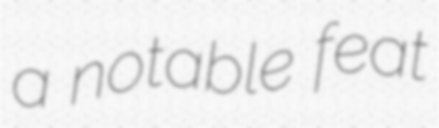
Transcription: a notable feat